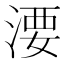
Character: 㴗